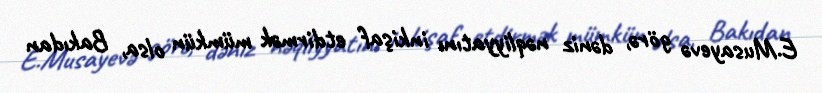
E.Musayevə görə, dəniz nəqliyyatını inkişaf etdirmək mümkün olsa, Bakıdan